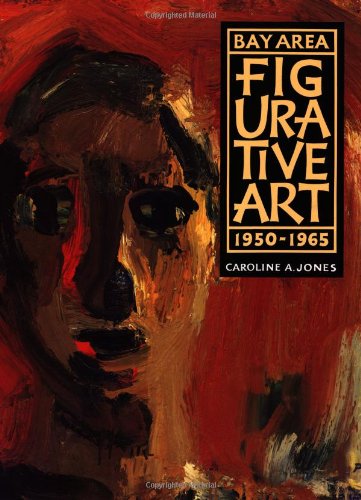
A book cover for Bay Area Figurative Art: 1950-1965; Caroline A. Jones; Politics & Social Sciences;